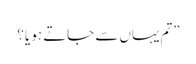
”تم یہاں سے جاتے ہو یا؟